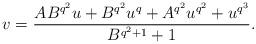
LaTeX: \begin{align*} v=\frac{AB^{q^2} u + B^{q^2}u^q+ A^{q^2}u^{q^2} + u^{q^3}}{B^{q^2+1}+1}.\end{align*}